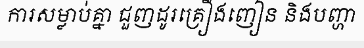
ការសម្លាប់គ្នា ជួញដូរគ្រឿងញៀន និងបញ្ហា